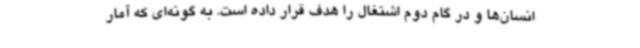
انسان‌ها و در گام دوم اشتغال را هدف قرار داده است. به گونه‌ای که آمار